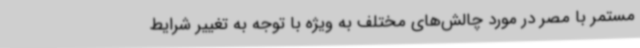
مستمر با مصر در مورد چالش‌های مختلف به ویژه با توجه به تغییر شرایط